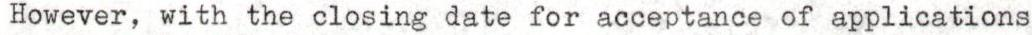
However, with the closing date for acceptance of applications